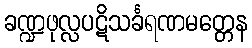
ခဏ္ဍဖုလ္လပဋိသင်္ခရဏမတ္တေန